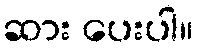
ဆား ပေးပါ။